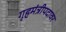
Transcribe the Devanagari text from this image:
गृहमंत्रीपदावर